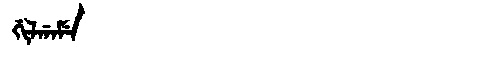
Manchu: ᡤᡳᠯᡤᠠᠮᡝ
Romanization: GILGAME